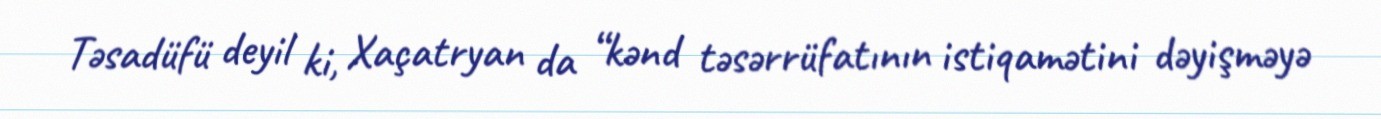
Təsadüfü deyil ki, Xaçatryan da “kənd təsərrüfatının istiqamətini dəyişməyə